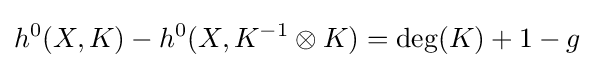
h^{0}(X,K)-h^{0}(X,K^{-1}\otimes K)=\deg(K)+1-g